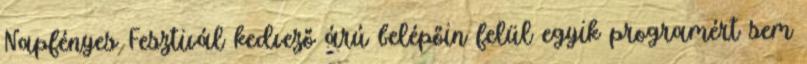
Napfényes Fesztivál kedvező árú belépőin felül egyik programért sem